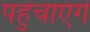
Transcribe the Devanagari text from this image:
पहुंचाएंगें